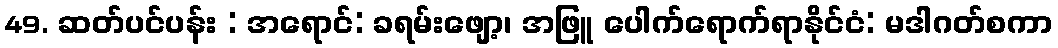
49. ဆတ်ပင်ပန်း : အရောင်: ခရမ်းဖျော့၊ အဖြူ ပေါက်ရောက်ရာနိုင်ငံ: မဒါဂတ်စကာ